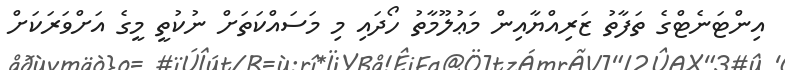
އިންޓަނެޓްގެ ތަފާތު ޒަރިއްޔާއިން މަޢުލޫމާތު ހޯދައި މި މަސައްކަތަށް ނުކުތީ މީގެ އަށްވަރަކަށް